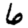
Digit: 6